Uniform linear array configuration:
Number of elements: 48
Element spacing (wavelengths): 1
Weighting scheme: exponential
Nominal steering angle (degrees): -30
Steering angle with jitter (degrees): -30.226
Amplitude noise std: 0.05
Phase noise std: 0.05

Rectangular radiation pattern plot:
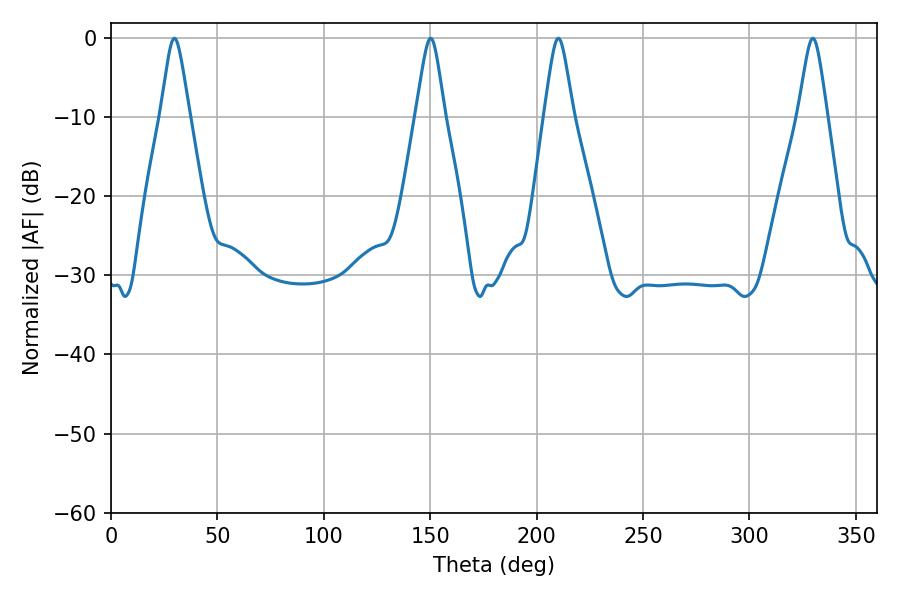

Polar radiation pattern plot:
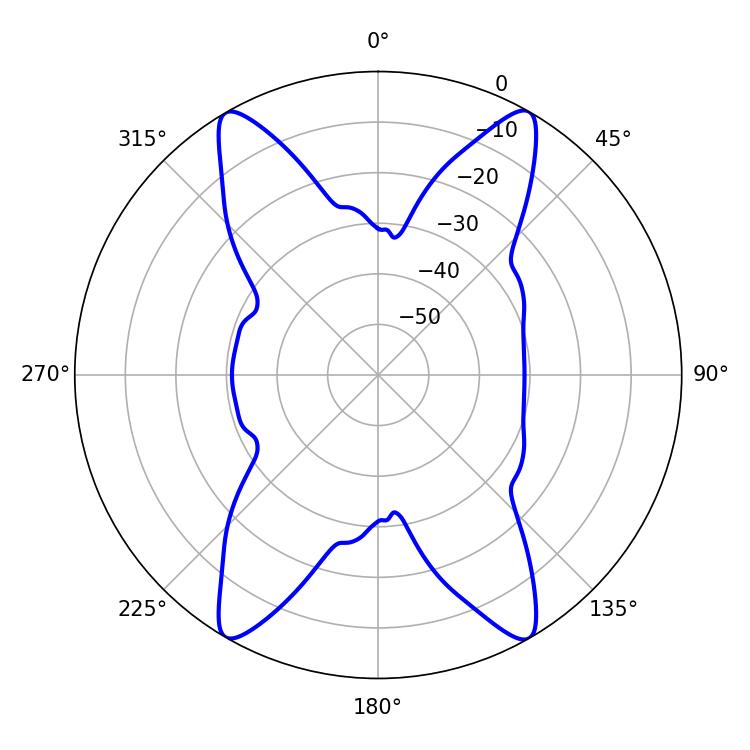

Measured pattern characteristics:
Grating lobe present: TRUE
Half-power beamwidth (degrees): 6.48
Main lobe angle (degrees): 210.24